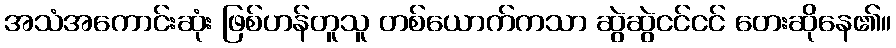
အသံအကောင်းဆုံး ဖြစ်ဟန်တူသူ တစ်ယောက်ကသာ ဆွဲဆွဲငင်ငင် တေးဆိုနေ၏။